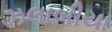
ઝલાબીયા